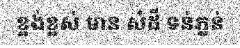
ខ្ពង់ខ្ពស់ មាន សំដី ទន់ភ្លន់